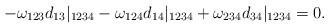
LaTeX: \begin{align*}-\omega_{123}d_{13}|_{1234}-\omega_{124}d_{14}|_{1234}+\omega_{234}d_{34}|_{1234}=0.\end{align*}